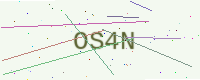
Text: OS4N